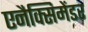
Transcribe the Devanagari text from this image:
एनैक्सिमेंडर